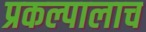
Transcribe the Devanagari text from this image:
प्रकल्पालाच